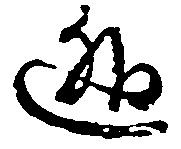
逃